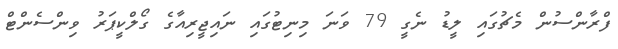
ފްރާންސުން މެޗުގައި ލީޑު ނެގީ 79 ވަނަ މިނިޓުގައި ނައިޖީރިއާގެ ގޯލްކީޕަރު ވިންސެންޓް